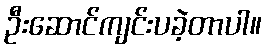
ဦးဆောင်ကျင်းပခဲ့တာပါ။